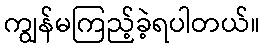
ကျွန်မကြည့်ခဲ့ရပါတယ်။